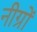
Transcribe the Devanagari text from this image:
नीग्रों